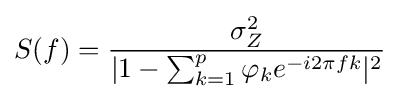
S(f)={\frac {\sigma _{Z}^{2}}{|1-\sum _{k=1}^{p}\varphi _{k}e^{-i2\pi fk}|^{2}}}